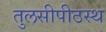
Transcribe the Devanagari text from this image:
तुलसीपीठस्थ